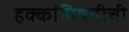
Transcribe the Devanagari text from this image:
हक्कांविषयीची